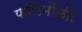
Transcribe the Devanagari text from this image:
फणिमौळीः